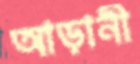
আড়ানী